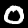
Digit: 0